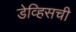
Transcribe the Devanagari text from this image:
डेव्हिसची